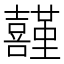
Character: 𡅤